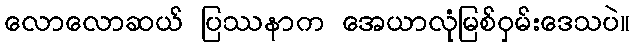
လောလောဆယ် ပြဿနာက အေယာလုံမြစ်ဝှမ်းဒေသပဲ။